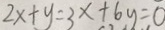
2 x + y = 3 x + 6 y = 0